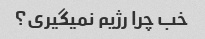
خب چرا رژیم نمیگیری؟